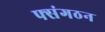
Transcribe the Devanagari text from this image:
फ्संगठन